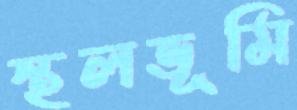
স্থলভূমি